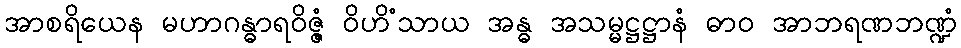
အာစရိယေန မဟာဂန္ဓာရဝိဇ္ဇံ ဝိဟိံသာယ အန္ဓ အသမ္မဋ္ဌဋ္ဌာနံ ဓာဝ အာဘရဏဘဏ္ဍံ